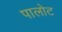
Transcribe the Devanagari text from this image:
पालोट